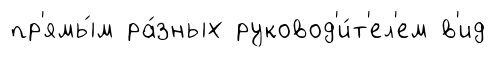
пр'ямы́м ра́зных руковод'и́т'ел'ем в'ид